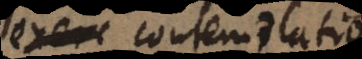
exerc contemplatio